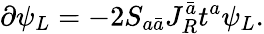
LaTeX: \partial\psi_{L}=-2S_{a\bar{a}}J_{R}^{\bar{a}}t^{a}\psi_{L}.